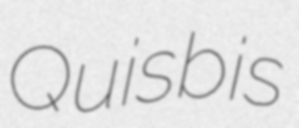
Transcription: Quisbis